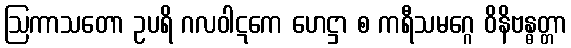
ဩကာသတော ဥပရိ ဂလဝါဋကေ ဟေဋ္ဌာ စ ကရီသမဂ္ဂေ ဝိနိဗန္ဓတ္တာ